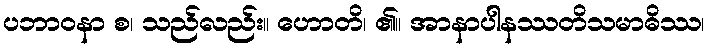
ပဘာဝနာ စ၊ သည်လည်း။ ဟောတိ၊ ၏။ အာနာပါနဿတိသမာဓိဿ၊